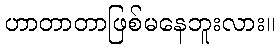
ဟာတာတာဖြစ်မနေဘူးလား။